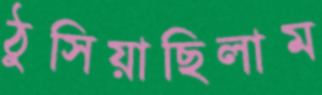
ঠুসিয়াছিলাম